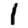
Digit: 1